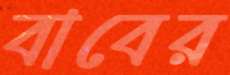
বাবের